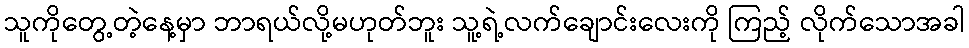
သူကိုတွေ့တဲ့နေ့မှာ ဘာရယ်လို့မဟုတ်ဘူး သူ့ရဲ့လက်ချောင်းလေးကို ကြည့် လိုက်သောအခါ